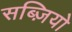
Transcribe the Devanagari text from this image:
सब्ज़ियो